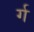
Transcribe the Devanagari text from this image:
र्ग